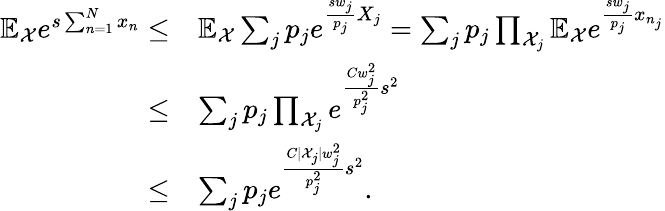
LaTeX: \begin{array}{rl}{\mathbb{E}_{\mathcal{X}}e^{s\sum_{n=1}^{N}x_{n}}\le}&{\mathbb{E}_{\mathcal{X}}\sum_{j}p_{j}e^{\frac{sw_{j}}{p_{j}}X_{j}}=\sum_{j}p_{j}\prod_{\mathcal{X}_{j}}\mathbb{E}_{\mathcal{X}}e^{\frac{sw_{j}}{p_{j}}x_{n_{j}}}}\\ {\le}&{\sum_{j}p_{j}\prod_{\mathcal{X}_{j}}e^{\frac{Cw_{j}^{2}}{p_{j}^{2}}s^{2}}}\\ {\le}&{\sum_{j}p_{j}e^{\frac{C|\mathcal{X}_{j}|w_{j}^{2}}{p_{j}^{2}}s^{2}}.}\end{array}